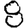
Digit: 8